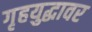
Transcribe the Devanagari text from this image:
गृहयुद्धावर